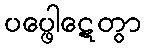
ပပ္ဖေါဋေတွာ